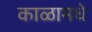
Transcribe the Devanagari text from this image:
काळामधे